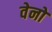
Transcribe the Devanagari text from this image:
वेनों